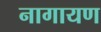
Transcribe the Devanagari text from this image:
नागायण